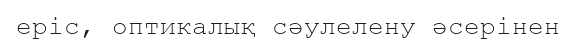
epic, оптикалық сәулелену әсерінен